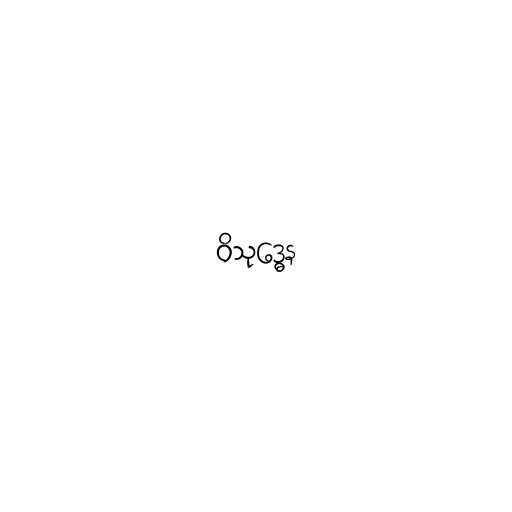
ဝိသုဒ္ဓေန